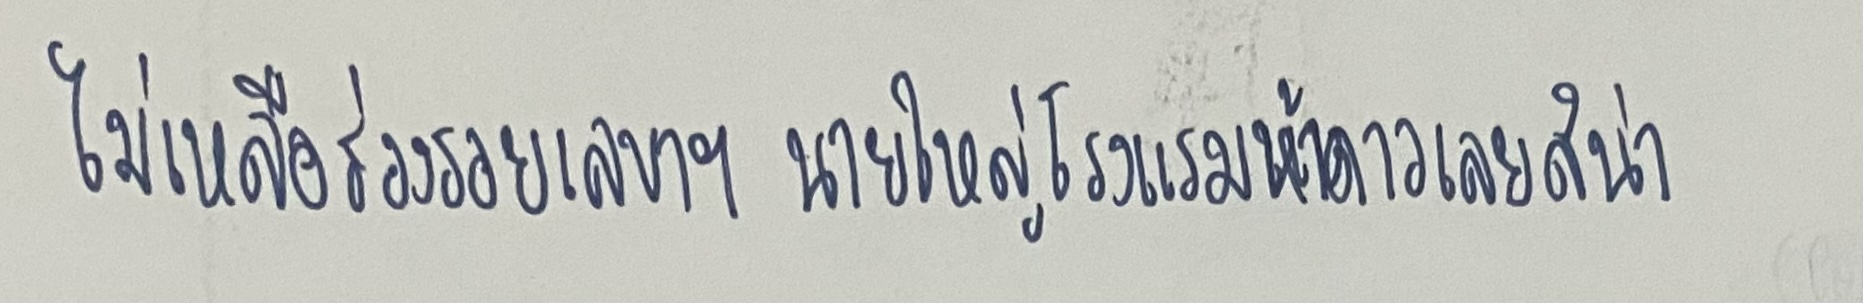
ไม่เหลือร่องรอยเลขาฯนายใหญ่โรงแรมห้าดาวเลยสิน่า